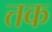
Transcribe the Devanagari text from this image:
त्तक